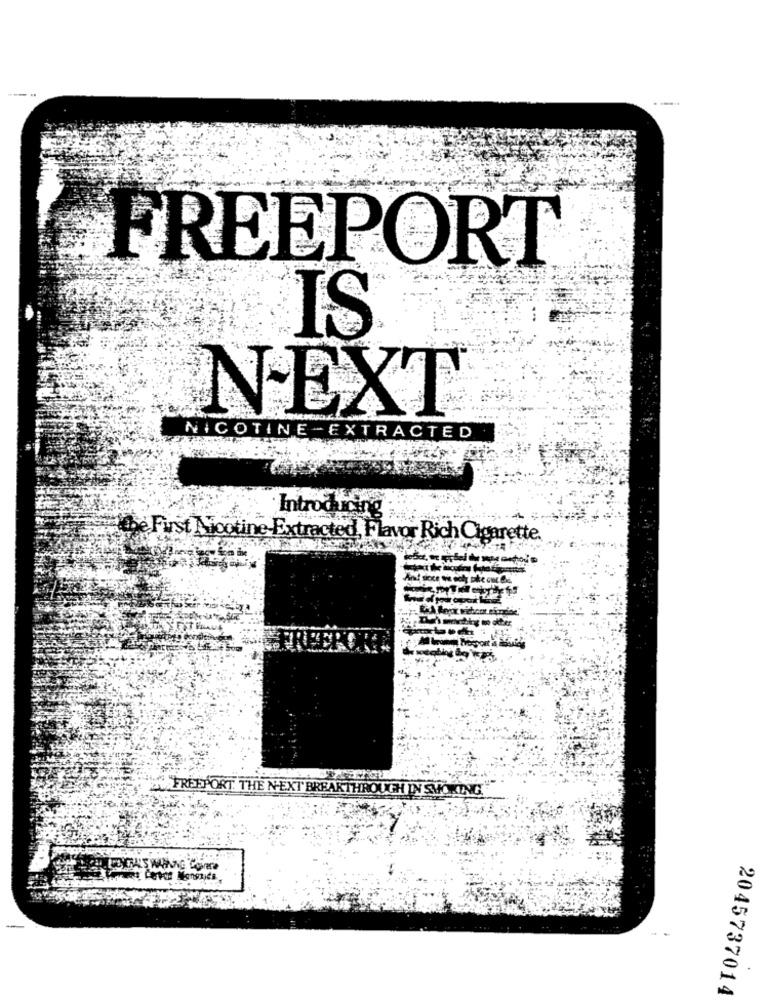
FREEPORT
IS
NEXT
NICOTINE -EXTRACTED
Introducing
the First Nicotine Extracted, Flavor Rich Cigarette.
FREEPORT. THE NEXT BREAKTHROUGH IN SMOKING.
2045737014